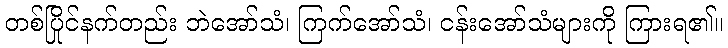
တစ်ပြိုင်နက်တည်း ဘဲအော်သံ၊ ကြက်အော်သံ၊ ငန်းအော်သံများကို ကြားရ၏။